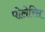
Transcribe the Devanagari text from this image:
पोलेरिस